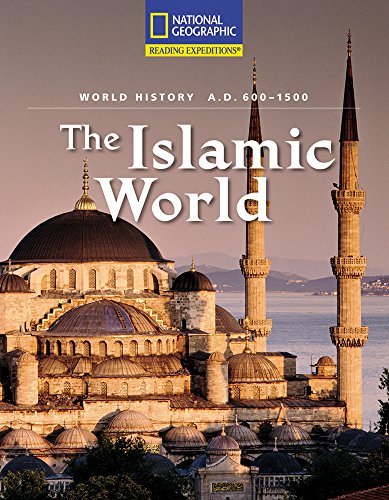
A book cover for Reading Expeditions (World Studies: World History): The Islamic World (A.D. 600-1500); National Geographic Learning; Children's Books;